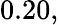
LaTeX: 0.20,